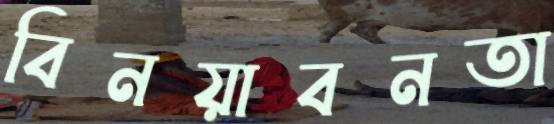
বিনয়াবনতা